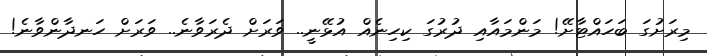
މިރަށުގަ ބަހައްޓާށޭ! މަންމައާއި ދުރުގަ ކިހިނެއް އުޅޭނީ.. ވަރަށް ދެރަވާނެ.. ވަރަށް ހަނދާންވާނެ!